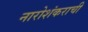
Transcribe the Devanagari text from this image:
नारोशंकराची